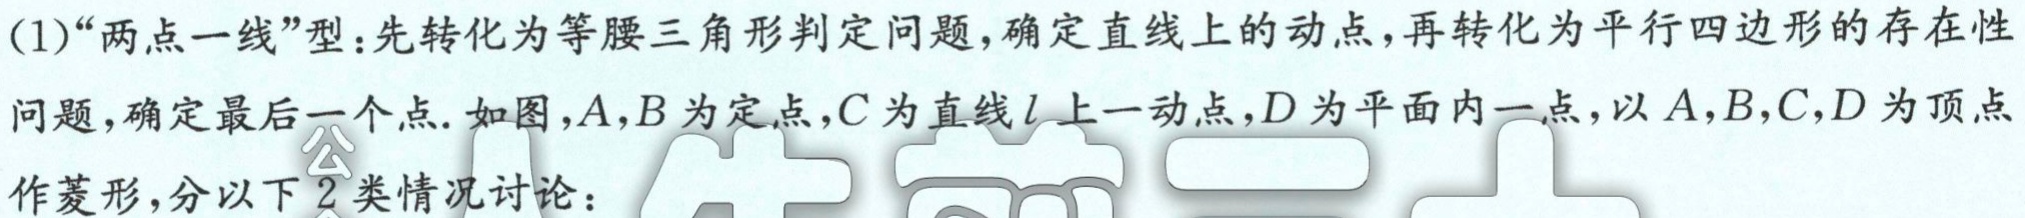
(1)“两点一线”型：先转化为等腰三角形判定问题，确定直线上的动点，再转化为平行四边形的存在性
问题，确定最后一个点. 如图，\(A,B\)为定点，\(C\)为直线\(l\)上一动点，\(D\)为平面内一点，以\(A,B,C,D\)为顶点
作菱形，分以下\(2\)类情况讨论：